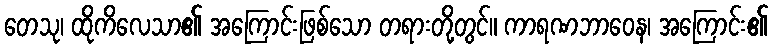
တေသု၊ ထိုကိလေသာ၏ အကြောင်းဖြစ်သော တရားတို့တွင်။ ကာရဏဘာဝေန၊ အကြောင်း၏